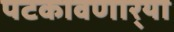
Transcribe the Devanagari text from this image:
पटकावणार्‍या